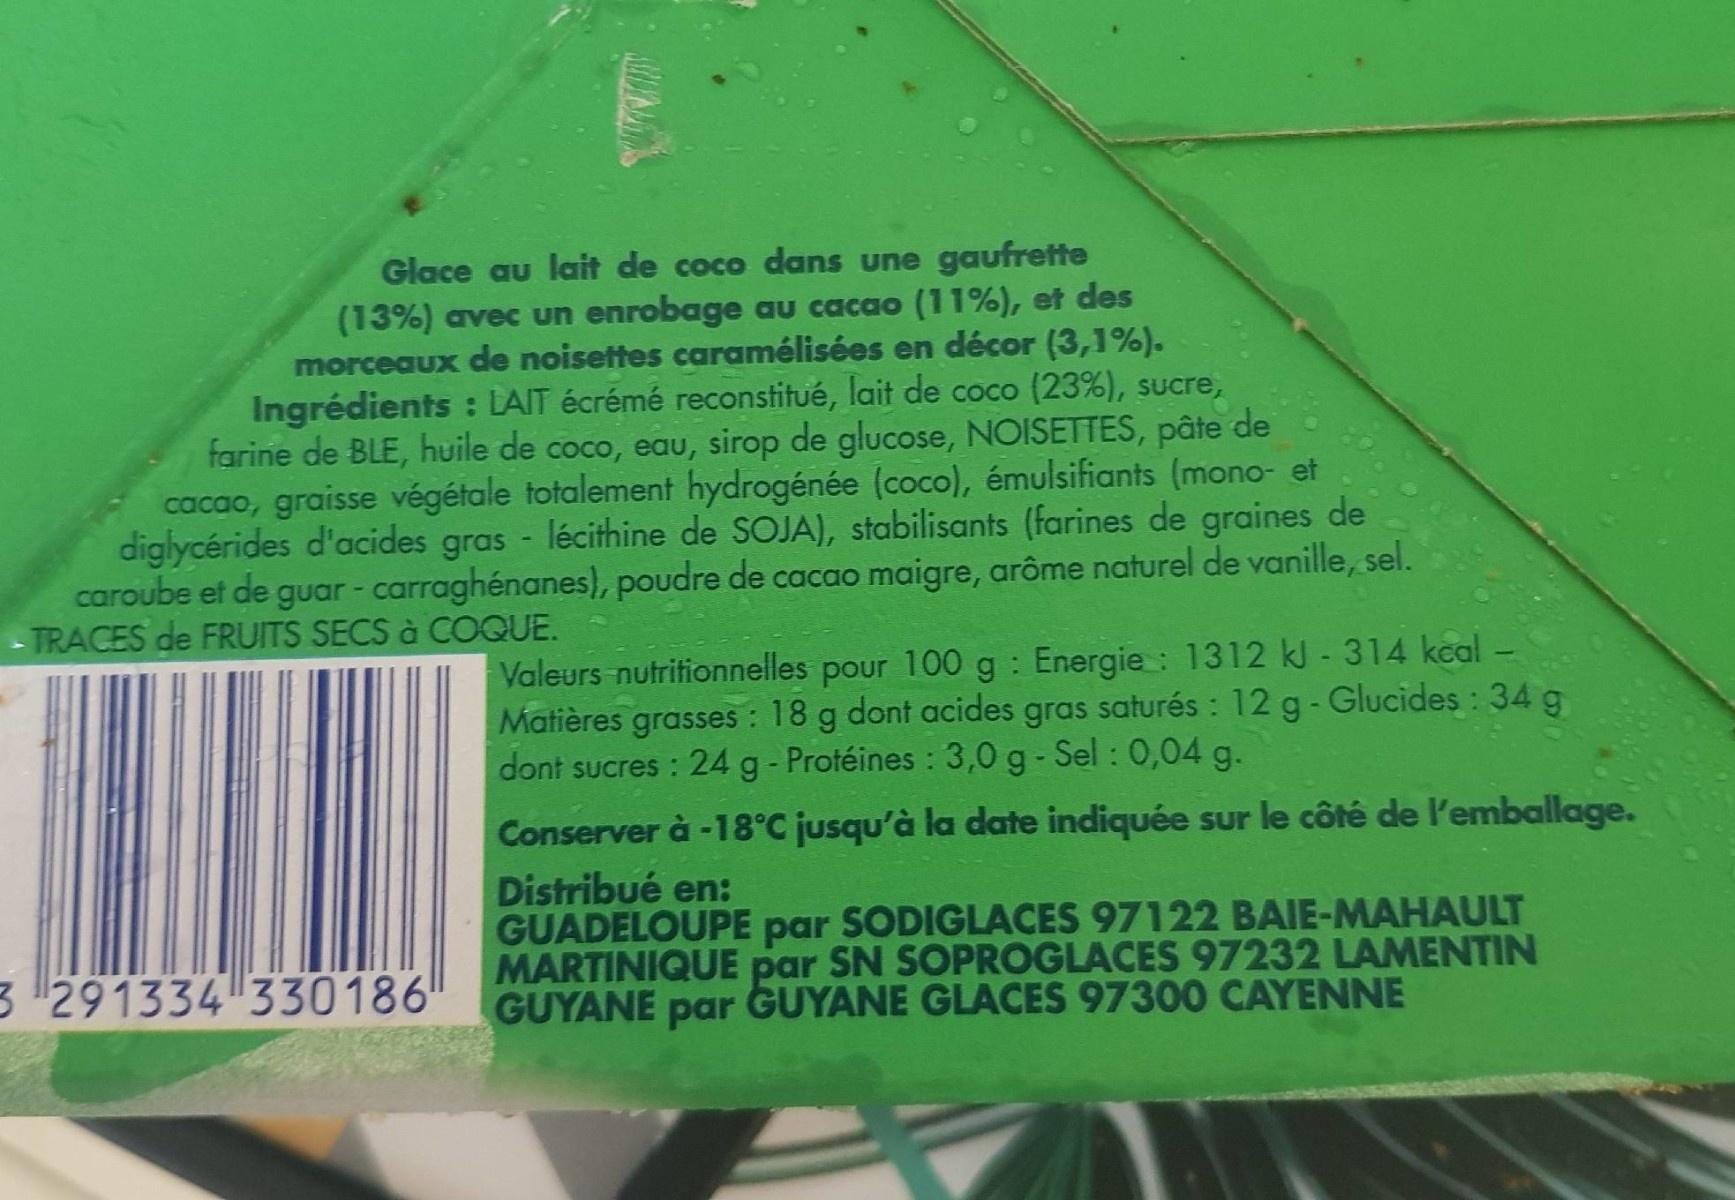
Glace au lait de coco dans une gaufrette (13%) avec un enrobage au cacao (11%), et des morceaux de noisettes caramélisées en décor (3,1%). Ingrédients : LAIT écrémé reconstitué, lait de coco (23%), sucre, farine de BLE, huile de coco, eau, sirop de glucose, NOISETTES, pâte de cacao, graisse végétale totalement hydrogénée (coco), émulsifiants (mono- et diglycérides d'acides gras - lécithine de SOJA), stabilisants (farines de graines de caroube et de guar - carraghénanes), poudre de cacao maigre, arôme naturel de vanille, sel.
- TRACES de FRUITS SECS à COQUE.
Valeurs nutritionnelles pour 100 g: Energie: 1312 kJ - 314 keal - Matières grasses : 18 g dont acides gras saturés : 12 g- Glucides : 34 g dont sucres : 24g- Protéines : 3,0 g - Sel : 0,04 g.
Conserver à -18°C jusqu'à la date indiquée sur le côté de l'emballage.
Distribué en: GUADELOUPE par SODIGLACES 97122 BAIE-MAHAULT MARTINIQUE SN SOPROGLACES 97232 LAMENTIN GUYANE GUYANE GLACES 97300 CAYENNE
3 291334 330186"
par par